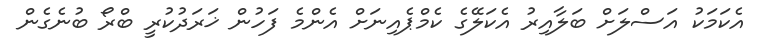
އެކަަމަކު އަސްލަށް ބަލާއިރު އެކަލޭގެ ކެމްޕެއިނަށް އެންމެ ފަހުން ޚަރަދުކުރީ ބްރޯ ބުނެގެން